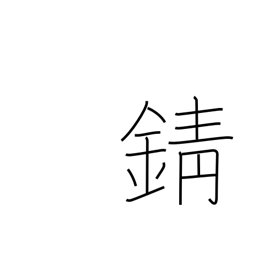
Meaning: tarnish